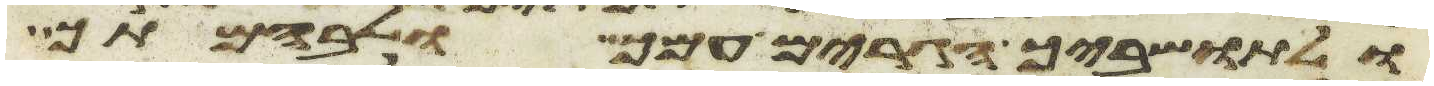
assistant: ולתושביך הגרים עמך ולבהמתך